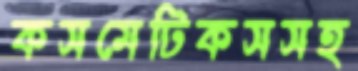
কসমেটিকসসহ